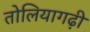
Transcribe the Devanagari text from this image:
तोलियागढ़ी